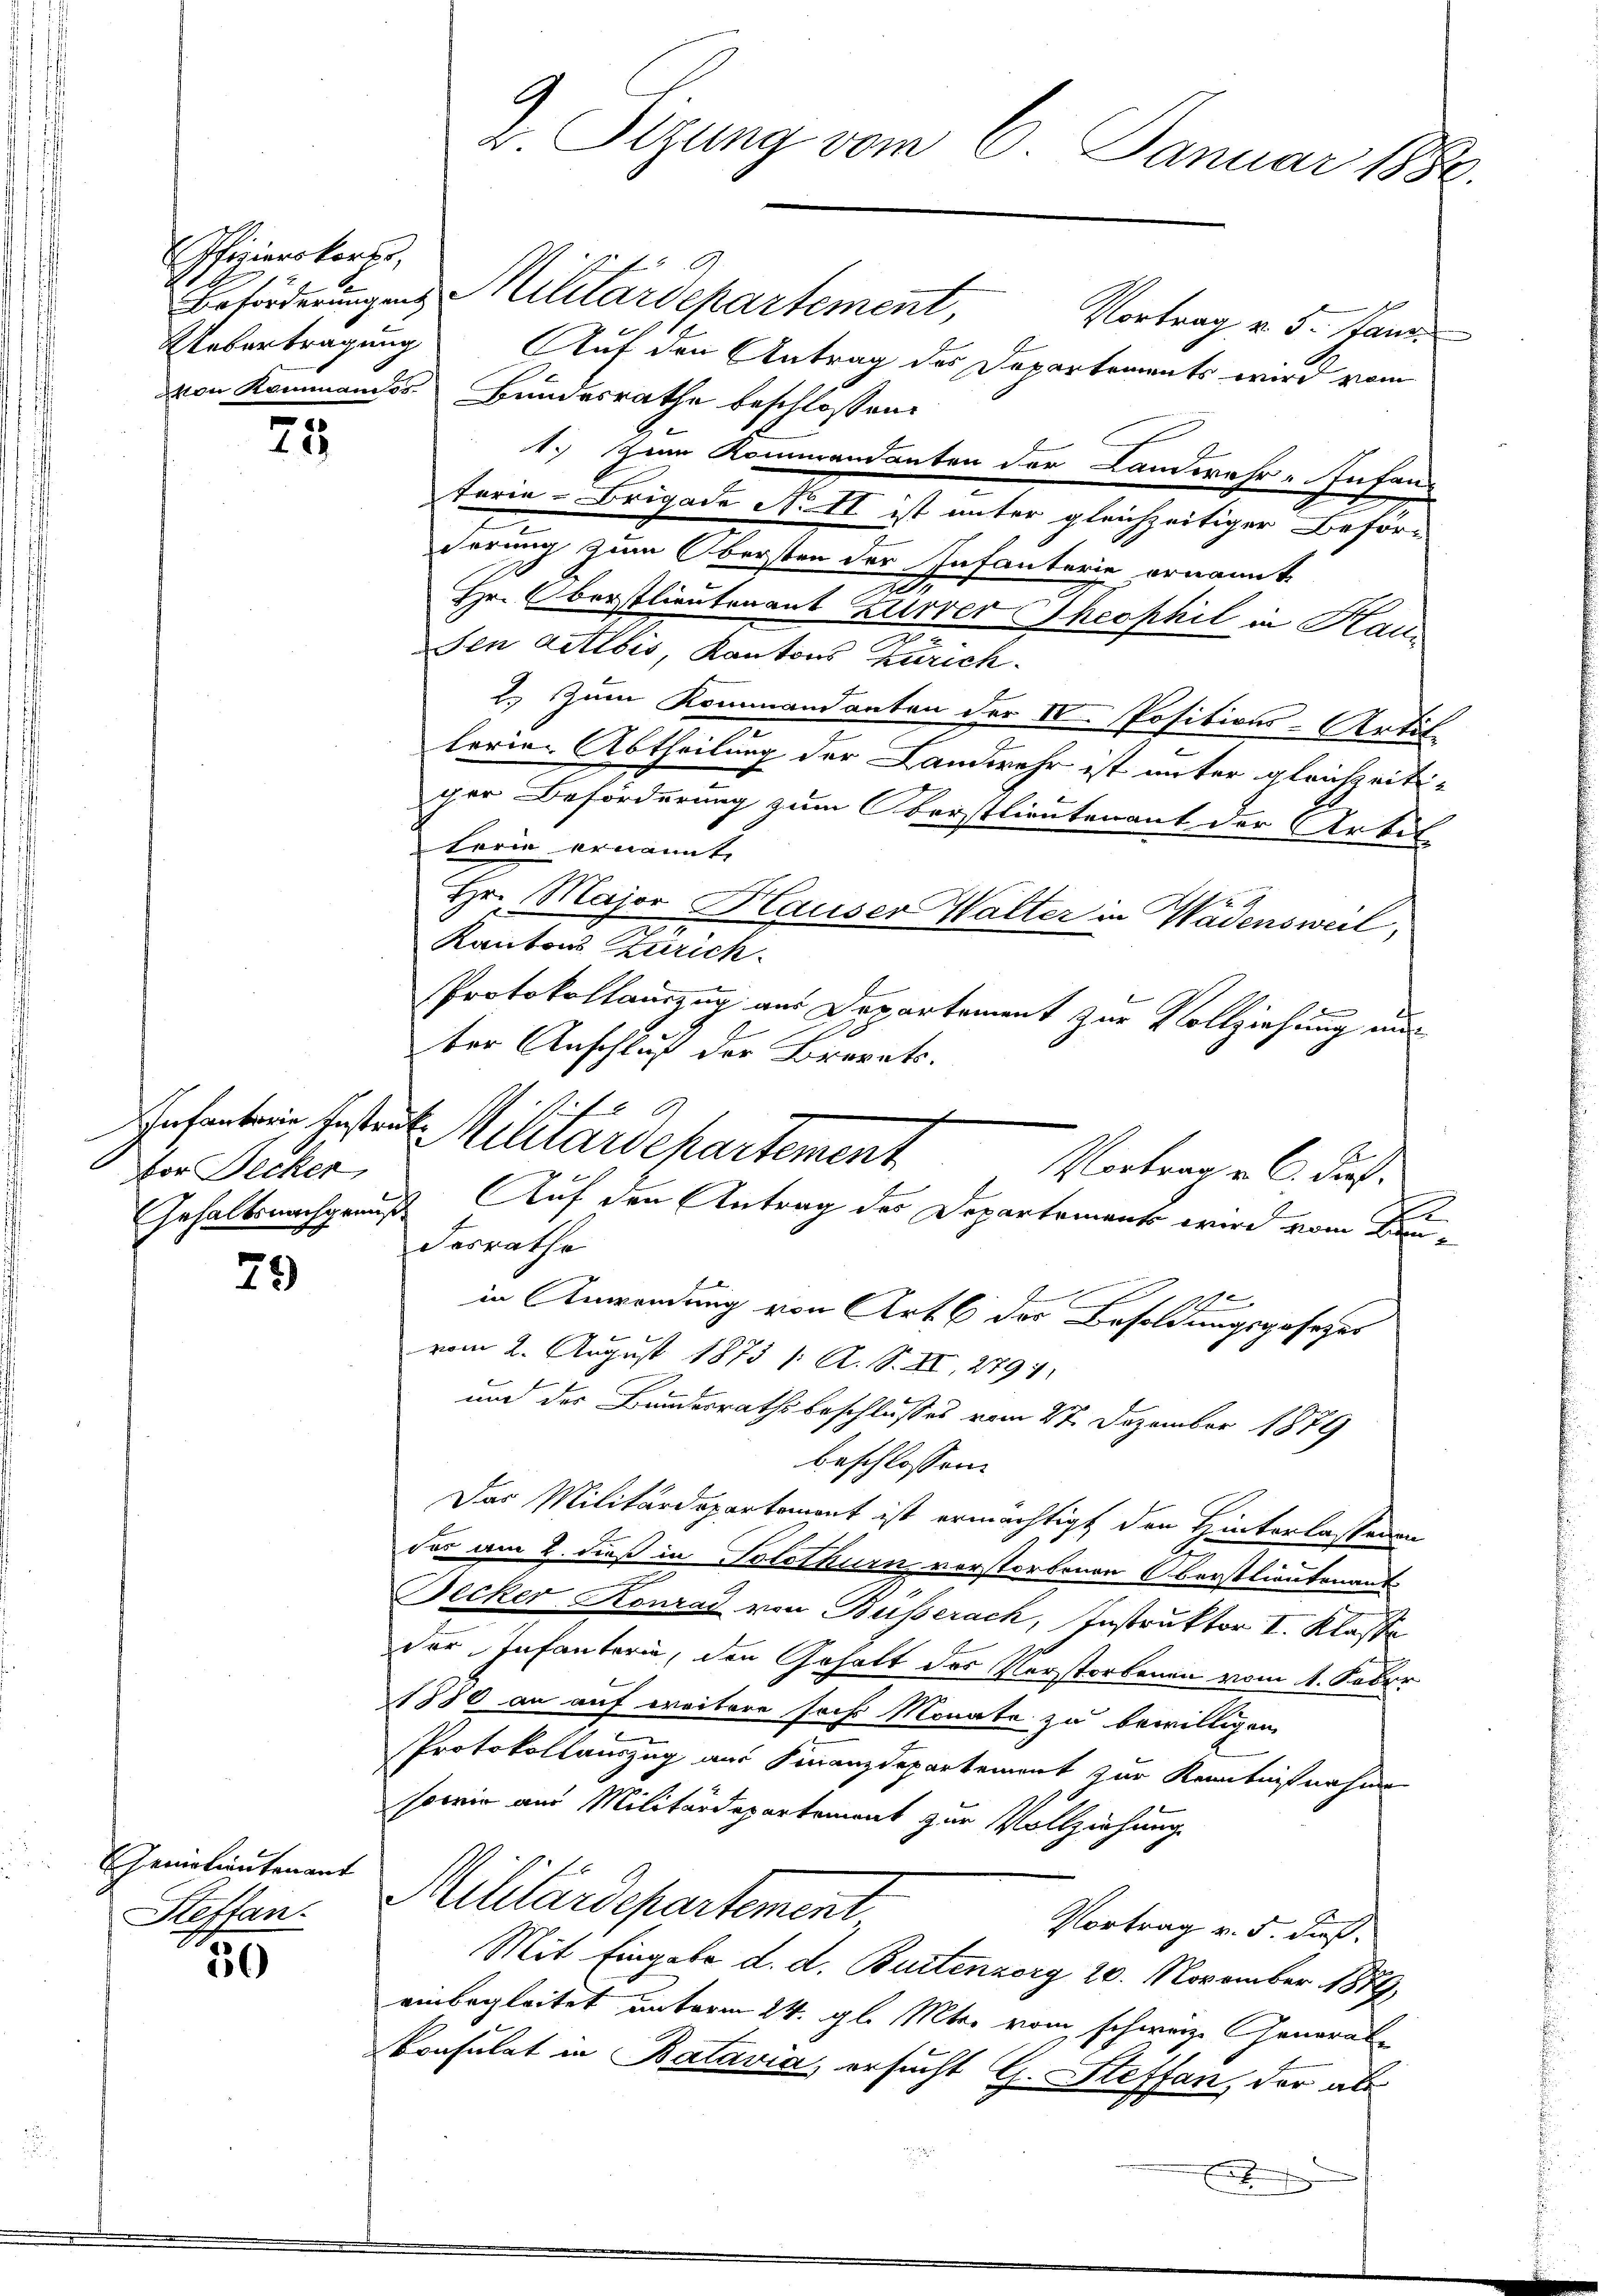
79

Gemalientenant
Steffan

Pfizierskarte
Uebertragung

20

25

vor Decker,

d. Sizung vom 6. Januar 1880.

Vortrag v. 5. Jans.
Auf den Antrag des Departements wird vom
von Kommandos Bundesrathe beschlossen:
1. Zum Kommandanten der Landwehr-Infan
terie-Brigade No II ist unter gleichzeitiger Beförderung zum Obersten der Infanterie ernannt
Hr. Oberstlieutenant Zürrer Theophil in Haus
den Activis, Kantons Zürich
2. Zum Kommandanten der IV. Positions-Artil
lerien Abtheilung der Landwehr ist unter gleichzeitiger Beförderung zum Oberstlieutenant der Artil
Lorin ernannt,
Hr. Major Hauser Walter in Wädensweil,
Kantons Zürich
Protokollauszug aus Departement zur Vollziehung nur
ber Anschluß der Vororats.
E
Fesrathe
0
S
in Anwendung von Art. 6 des Besoldungsgesetzes
vom 2. August 1873 /: A. S. II., 2791.
und der Bundesrathsbeschlusses vom 27. Dezember 1879
beschlossen:
Das Militärdepartement ist ermächtigt den Hinterlassenen
dos am 2. dieß in Solothurn vorstorbenen Oberstlieutenant
Becker Konrad von Büsserach, Instruktor I. Klasse
der Infanterie, den Gehalt des Verstorbenen vom 1. Feber
1880 an auf weitere sechs Monate zu bewilligen
Protokollauszug aus Finanzdepartement zur Kenntnißnahme
sowie aus Militärdepartement zur Vollziehung
Militärdepartement
Vortrag v. 5. dieß.
Mit Eingabe d. d. Buttenberg 20. November 1889
einbegleitet unterm 24. gl. Mter vom schweiz. General¬
Consulat in Batavia, ersucht G. Steffan, der als
E

sef
Infanton bestrat. Militardepartement

Beförderungen Militärdepartement,

f
Vortrage l. Juch.
Gehaltsnachgenuß Auf den Antrag des Departement wird vom Bun¬